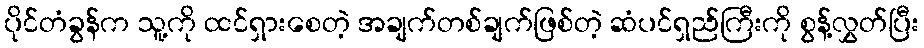
ပိုင်တံခွန်က သူ့ကို ထင်ရှားစေတဲ့ အချက်တစ်ချက်ဖြစ်တဲ့ ဆံပင်ရှည်ကြီးကို စွန့်လွှတ်ပြီး